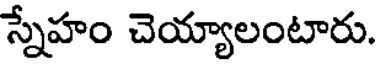
స్నేహం చెయ్యాలంటారు.